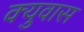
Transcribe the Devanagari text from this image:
क्युवास